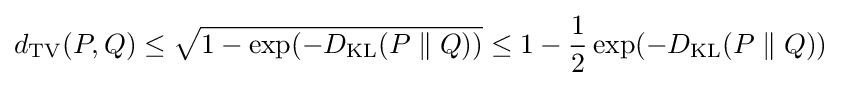
d_{\mathrm {TV} }(P,Q)\leq {\sqrt {1-\exp(-D_{\mathrm {KL} }(P\parallel Q))}}\leq 1-{\frac {1}{2}}\exp(-D_{\mathrm {KL} }(P\parallel Q))